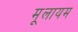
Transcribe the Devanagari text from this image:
मूलायम